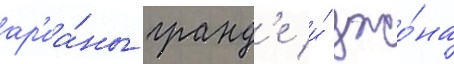
ар'иа́ны гранд'е и́ джо́на